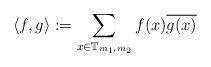
LaTeX: \begin{align*}\langle f, g \rangle := \sum_{ x \in \mathbb{T}_{m_1,m_2} } f(x) \overline{ g(x) }\end{align*}